Report on horse surra - Volume II, Part I
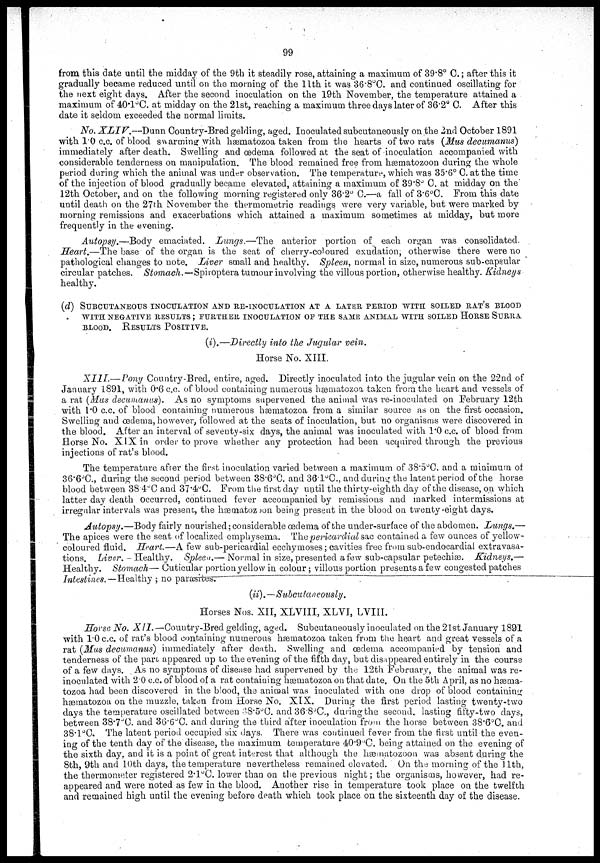
99
from this date until the midday of the 9th it steadily rose, attaining a maximum of 39.8° C.; after this it
gradually became reduced until on the morning of the 11th it was 36.8°C. and continued oscillating for
the next eight days. After the second inoculation on the 19th November, the temperature attained a
maximum of 40.1°C. at midday on the 21st, reaching a maximum three days later of 36.2°C. After this
date it seldom exceeded the normal limits.
No. XLIV.—Dunn Country-Bred gelding, aged. Inoculated subcutaneously on the 2nd October 1891
with 1.0 c.c. of blood swarming with hæmatozoa taken from the hearts of two rats (Mus decumanus)
immediately after death. Swelling and œdema followed at the seat of inoculation accompanied with
considerable tenderness on manipulation. The blood remained free from hæmatozoon during the whole
period during which the animal was under observation. The temperature, which was 35.6° C. at the time
of the injection of blood gradually became elevated, attaining a maximum of 39.8°C. at midday on the
12th October, and on the following morning registered only 36.2° C.—a fall of 3.6°C. From this date
until death on the 27th November the thermometric readings were very variable, but were marked by
morning remissions and exacerbations which attained a maximum sometimes at midday, but more
frequently in the evening.
Autopsy.—Body emaciated. Lungs.—The
anterior portion of each organ was consolidated.
Heart.—The base of the organ is the seat of cherry-coloured exudation, otherwise there were no
pathological changes to note. Liver small and healthy. Spleen, normal in size, numerous sub-capsular
circular patches. Stomach.—Spiroptera tumour involving the villous portion, otherwise healthy. Kidneys
healthy.
(d) SUBCUTANEOUS INOCULATION AND RE-INOCULATION AT A LATER PERIOD WITH SOILED RAT'S BLOOD
WITH NEGATIVE RESULTS ; FURTHER INOCULATION OF THE SAME ANIMAL WITH SOILED HORSE SURRA
BLOOD. RESULTS POSITIVE.
(i).—Directly into the Jugular vein.
Horse No. XIII.
XIII.— Pony Country-Bred, entire, aged. Directly inoculated into the jugular vein on the 22nd of
January 1891, with 0.6 c.c. of blood containing numerous hæmatozoa taken from the heart and vessels of
a rat (Mus decumanus). As no symptoms supervened the animal was re-inoculated on February 12th
with 1.0 c.c. of blood containing numerous hæmatozoa from a similar source as on the first occasion.
Swelling and œdema, however, followed at the seats of inoculation, but no organisms were discovered in
the blood. After an interval of seventy-six days, the animal was inoculated with 1.0 c.c. of blood from
Horse No. XIX in order to prove whether any protection had been acquired through the previous
injections of rat's blood.
The temperature after the first inoculation varied between a maximum of 38.5°C. and a minimum of
36.6°C., during the second period between 38.6°C. and 36.1°C., and during the latent period of the horse
blood between 38.4°C and 37.4°C. From the first day until the thirty-eighth day of the disease, on which
latter day death occurred, continued fever accompanied by remissions and marked intermissions at
irregular intervals was present, the hæmatozoon being present in the blood on twenty-eight days.
Autopsy.—Body fairly nourished; considerable œdema of the under-surface of the abdomen. Lungs.—
The apices were the seat of localized emphysema. The pericardial sac contained a few ounces of yellow-
coloured fluid. Heart.—A few sub-pericardial ecchymoses; cavities free from sub-endocardial extravasa-
tions. Liver.- Healthy. Spleen.— Normal in size, presented a few sub-capsular petechiæ.
Kidneys.—
Healthy. Stomach— Cuticular portion yellow in colour; villous portion presents a few congested patches
Intestines.— Healthy ; no parasites.
(ii).—Subcutaneously.
Horses Nos. XII, XLVIII, XLVI, LVIII.
Horse No. XII.—Country-Bred
gelding, aged. Subcutaneously inoculated on the 21st January 1891
with 1.0 c.c. of rat's blood containing numerous hæmatozoa taken from the heart and great vessels of a
rat (Mus decumanus) immediately after death. Swelling and œdema accompanied by tension and
tenderness of the part appeared up to the evening of the fifth day, but disappeared entirely in the course
of a few days. As no symptoms of disease had supervened by the 12th February, the animal was re¬
inoculated with 2.0 c.c. of blood of a rat containing hæmatozoa on that date. On the 5th April, as no hæma-
tozoa had been discovered in the blood, the animal was inoculated with one drop of blood containing
hæmatozoa on the muzzle, taken from Horse No. XIX. During the first period lasting twenty-two
days the temperature oscillated between 38.5°C. and 36.8°C., during the second. lasting fifty-two days,
between 38.7°C. and 36.6°C. and during the third after inoculation from the horse between 38.6°C. and
38.1°C. The latent period occupied six days. There was continued fever from the first until the even-
ing of the tenth day of the disease, the maximum temperature 40.9°C. being attained on the evening of
the sixth day, and it is a point of great interest that although the hæmatozoon was absent during the
8th, 9th and 10th days, the temperature nevertheless remained elevated. On the morning of the 11th,
the thermometer registered 2.1°C. lower than on the previous night; the organisms, however, had re-
appeared and were noted as few in the blood. Another rise in temperature took place on the twelfth
and remained high until the evening before death which took place on the sixteenth day of the disease.